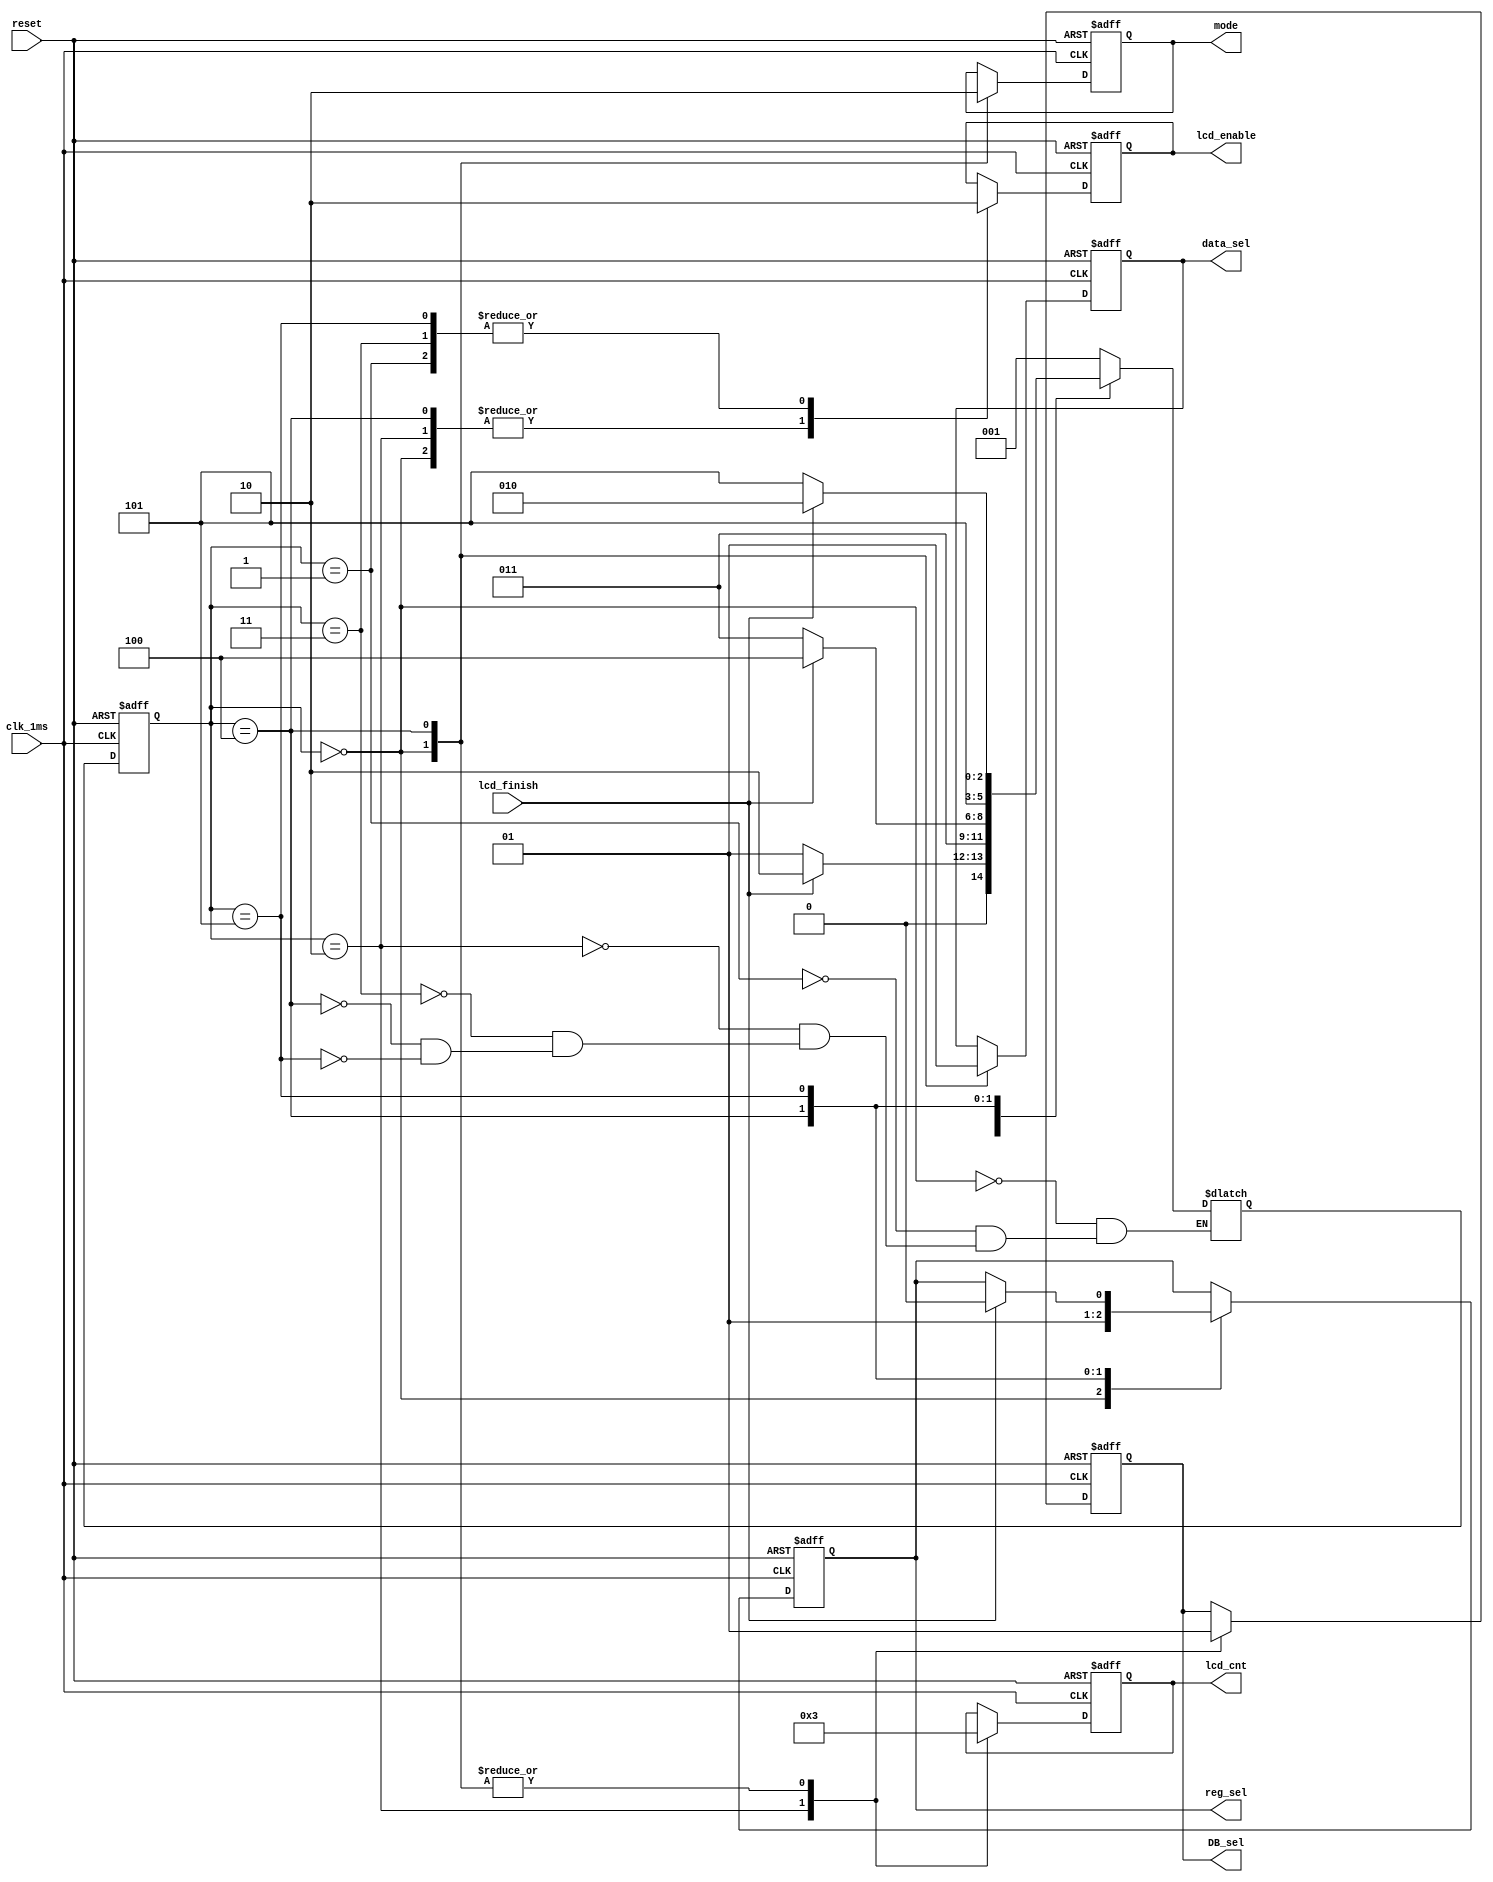
`timescale 1ns / 1ps

module main_controller(
    input reset,
    input clk_1ms,
	 input lcd_finish,
    output reg data_sel,
    output reg DB_sel,
    output reg lcd_enable,
    output reg [1:0] lcd_cnt,
    output reg mode,
    output reg reg_sel
    );

reg [2:0] st, ust;
localparam idle=3'b000, init=3'b001,
			  addr=3'b010, addr1=3'b011,
			  ref=3'b100, ref1=3'b101;

localparam LCD_INIT = 1, LCD_REF = 0,
			  INIT_CONST_NO = 4, REF_DATA_NO = 4;

always@(posedge clk_1ms, posedge reset)
	if(reset)
		st<=idle;
	else
		st<=ust;

always@(posedge clk_1ms, posedge reset)
	if(reset)
		lcd_enable<= 1;
	else
		case(st)
			idle: lcd_enable <= 1;
			init: lcd_enable <= 0;
			addr: lcd_enable <= 1;
			addr1: lcd_enable <= 0;
			ref: lcd_enable <= 1;
			ref1: lcd_enable <= 0;
		endcase

always@(posedge clk_1ms, posedge reset)
	if(reset)
		lcd_cnt<= INIT_CONST_NO - 1;
	else
		case(st)
			idle: lcd_cnt<= INIT_CONST_NO - 1;
			addr: lcd_cnt<= 0;
			ref: lcd_cnt<=REF_DATA_NO - 1;
	endcase

always@(posedge clk_1ms, posedge reset)
	if(reset)
		DB_sel<= 1;
	else
		case(st)
			idle: DB_sel<= 1;
			addr: DB_sel<= 0;
			ref: DB_sel<= 1;
		endcase

always@(posedge clk_1ms, posedge reset)
	if(reset)
		data_sel<= 0;
	else
		case(st)
			idle: data_sel<= 0;
			ref: data_sel<= 1;
		endcase

always@(posedge clk_1ms, posedge reset)
	if(reset)
		reg_sel<= 0;
	else
		case(st) 
			idle: reg_sel<= 0;
			ref: reg_sel<= 1;
			ref1: 
				if(lcd_finish)
					reg_sel<= 0;
		endcase

always@(posedge clk_1ms, posedge reset)
	if(reset)
		mode<= LCD_INIT;
	else
	case(st)
		idle: mode<= LCD_INIT;
		ref: mode<= LCD_REF;
	endcase

always @*
begin
	case (st)
		idle:
			ust = init;
		init:
			if (lcd_finish)
				ust = addr;
			else
				ust = init;
		addr:
			ust = addr1;
		addr1:
			if (lcd_finish) 
				ust = ref;
			else
				ust = addr1;
		ref:
			ust = ref1;
		ref1:
			if (lcd_finish)
				ust = addr;
			else
				ust = ref1;
	endcase
end

endmodule